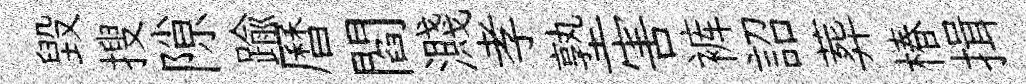
毁搜隙踰曆閻濺孝塾害裤詔葬椿揖